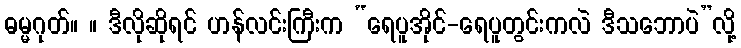
ဓမ္မဂုတ်။ ။ ဒီလိုဆိုရင် ဟန်လင်းကြီးက “ရေပူအိုင်-ရေပူတွင်းကလဲ ဒီသဘောပဲ”လို့